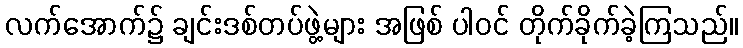
လက်အောက်၌ ချင်းဒစ်တပ်ဖွဲ့များ အဖြစ် ပါဝင် တိုက်ခိုက်ခဲ့ကြသည်။